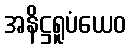
အနိဋ္ဌရူပံယေဝ